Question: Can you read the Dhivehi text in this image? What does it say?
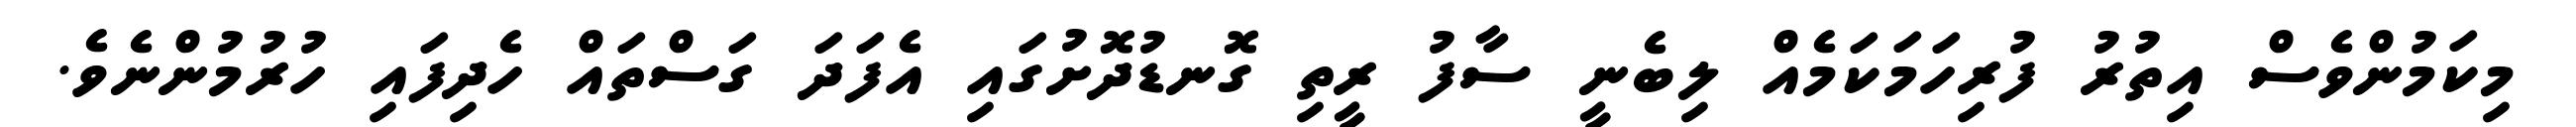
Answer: މިކަމުންވެސް އިތުރު ފުރިހަމަކަމެއް ލިބެނީ ސާފު ރީތި ގޮނޑުދޮށުގައި އެފަދަ ގަސްތައް ހެދިފައި ހުރުމުންނެވެ.